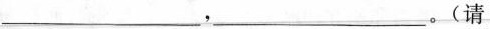
___，___。（请